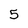
Character: 5